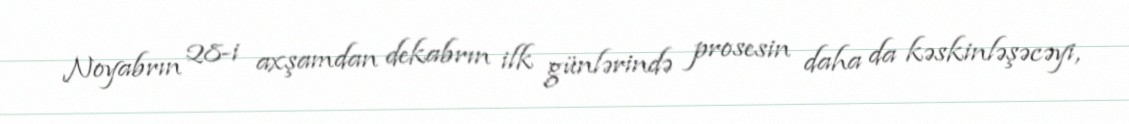
Noyabrın 28-i axşamdan dekabrın ilk günlərində prosesin daha da kəskinləşəcəyi,